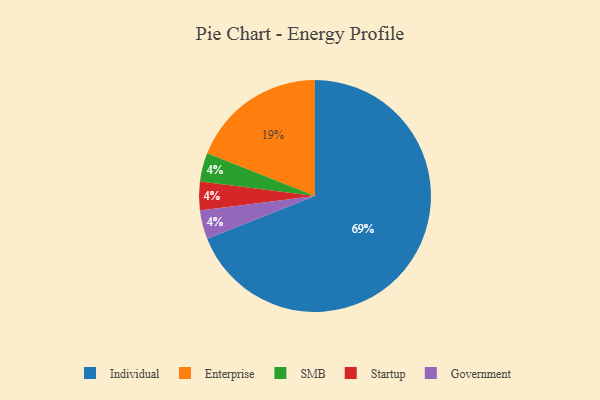
{"axis": {"x": "Category", "y": "Percentage"}, "legend": ["Enterprise", "Government", "Individual", "SMB", "Startup"], "data": [{"x": "Enterprise", "y": 19, "type": "Enterprise"}, {"x": "SMB", "y": 4, "type": "SMB"}, {"x": "Startup", "y": 4, "type": "Startup"}, {"x": "Individual", "y": 69, "type": "Individual"}, {"x": "Government", "y": 4, "type": "Government"}]}